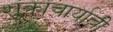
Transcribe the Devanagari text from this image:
शुक्राचार्याची